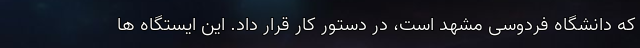
که دانشگاه فردوسی مشهد است، در دستور کار قرار داد. این ایستگاه ها